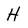
Character: H